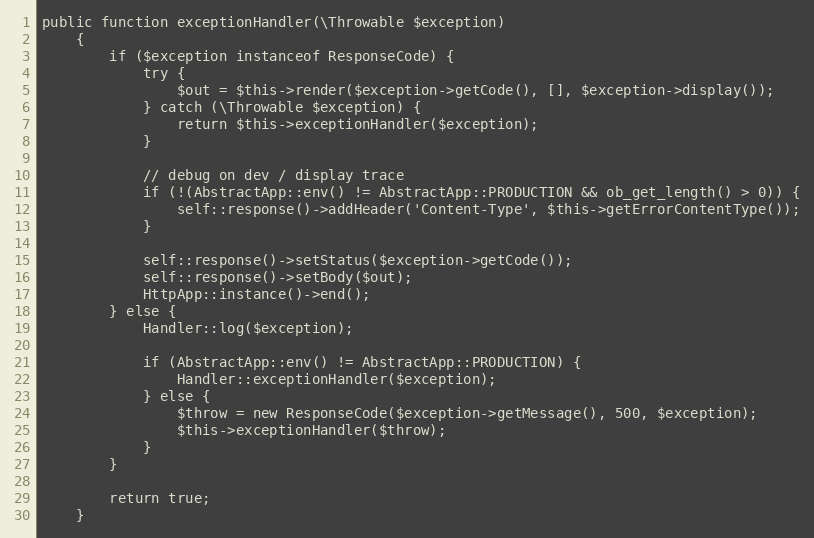
Language: PHP
public function exceptionHandler(\Throwable $exception)
    {
        if ($exception instanceof ResponseCode) {
            try {
                $out = $this->render($exception->getCode(), [], $exception->display());
            } catch (\Throwable $exception) {
                return $this->exceptionHandler($exception);
            }

            // debug on dev / display trace
            if (!(AbstractApp::env() != AbstractApp::PRODUCTION && ob_get_length() > 0)) {
                self::response()->addHeader('Content-Type', $this->getErrorContentType());
            }

            self::response()->setStatus($exception->getCode());
            self::response()->setBody($out);
            HttpApp::instance()->end();
        } else {
            Handler::log($exception);

            if (AbstractApp::env() != AbstractApp::PRODUCTION) {
                Handler::exceptionHandler($exception);
            } else {
                $throw = new ResponseCode($exception->getMessage(), 500, $exception);
                $this->exceptionHandler($throw);
            }
        }

        return true;
    }